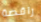
راقصة